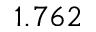
1 . 7 6 2